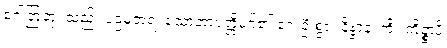
ဂေါတြဘု၊ သည်။ ပဌမတရံ၊ သောတာပတ္တိမဂ်၏ ရှေးဦးစွာ။ နိဗ္ဗာနံ၊ ကို။ ကိဉ္စာပိ